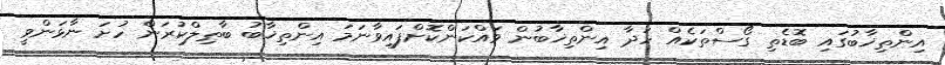
އިންތިޚާބުގައި ބޮޑެތި ގޯސްތަކެއް ހަދާ އިންތިޚާބުން ވައްކަންކޮށްފައިވާނަމަ އިންތިޚާބު ބާޠިލްކުރަން ހުށަ ނާޅަންވީ